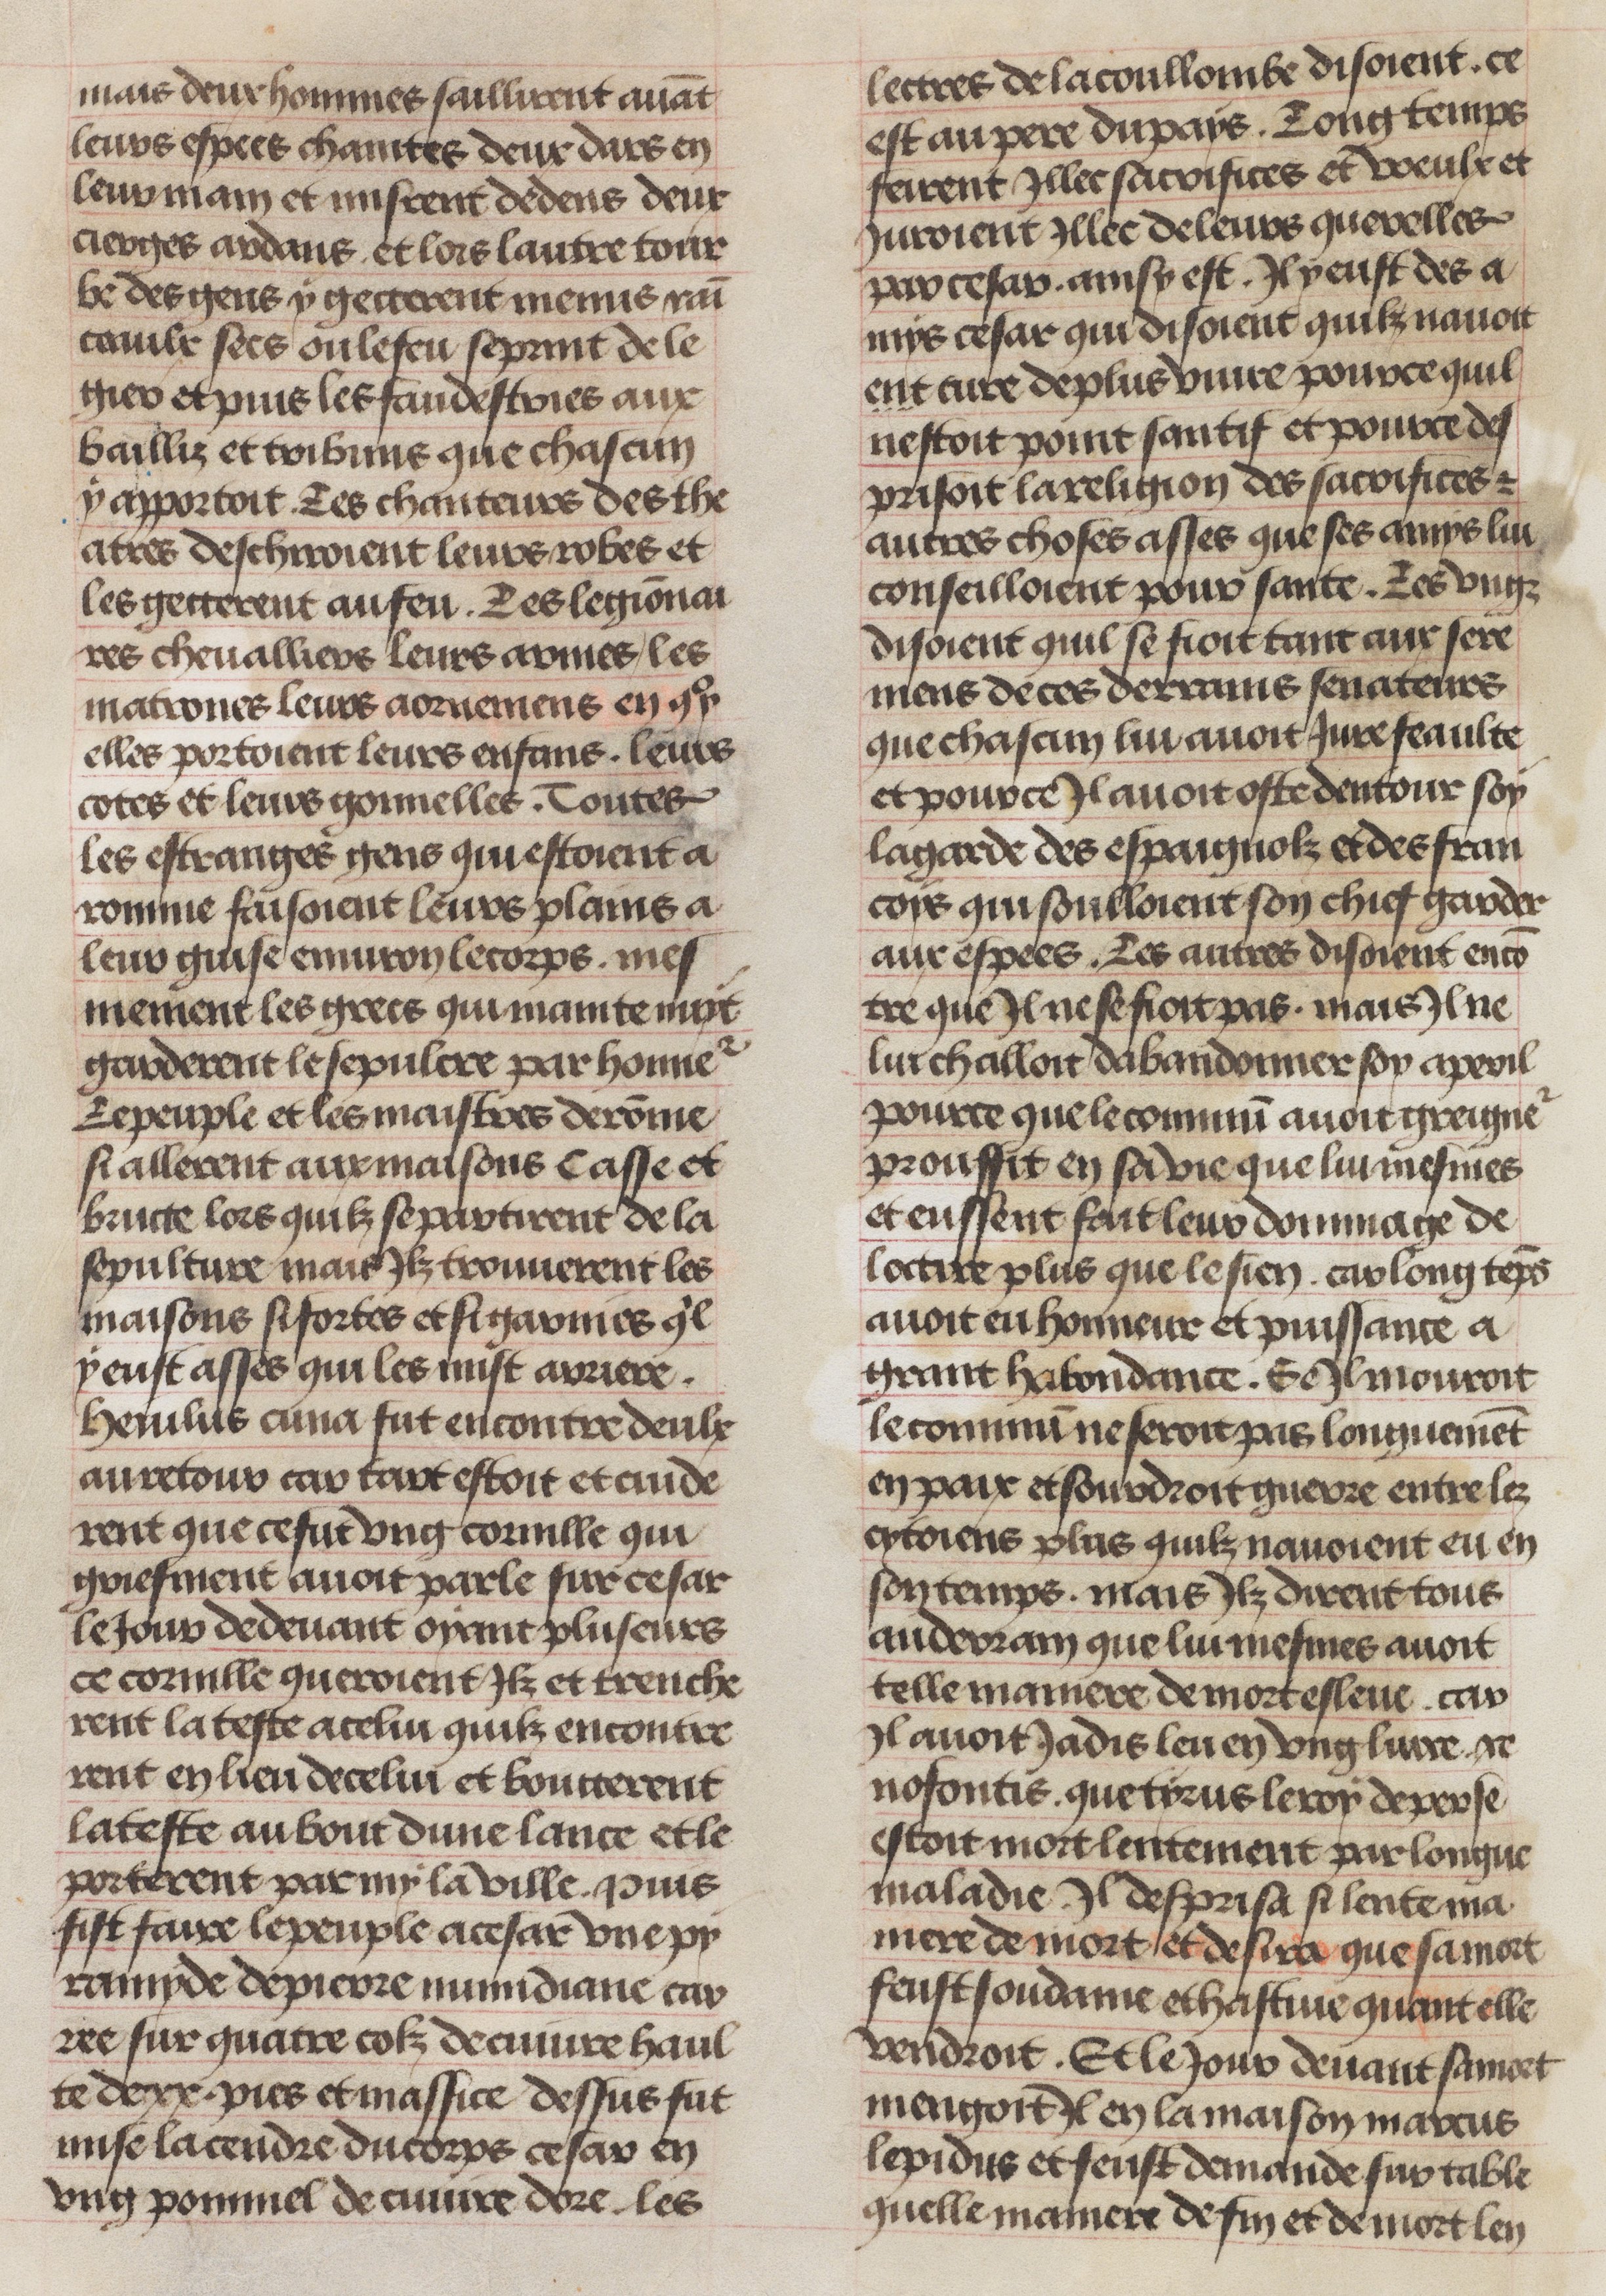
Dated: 1450–1474